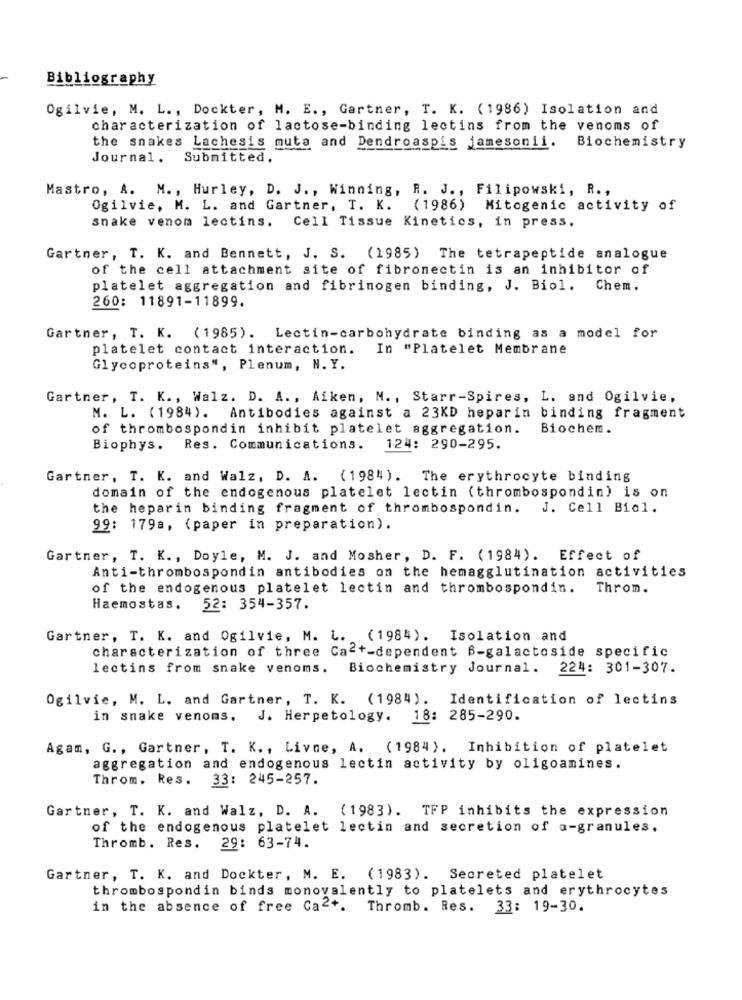
Bibliography
Ogilvie, M. L ., Dockter, M. E ., Gartner, T. K. (1986) Isolation and
characterization of lactose-binding lectins from the venoms of
the snakes Lachesis muta and Dendroaspis jamesonii.
Biochemistry
Journal. Submitted.
Mastro, A. M ., Hurley, D. J ., Winning, R. J ., Filipowski, R .,
Ogilvie, M. L. and Gartner, T. K. (1986)
Mitogenic activity of
snake venom lectins. Cell Tissue Kinetics, in press.
Gartner, T. K. and Bennett, J. S. (1985) The tetrapeptide analogue
of the cell attachment site of fibronectin is an inhibitor of
platelet aggregation and fibrinogen binding, J. Biol. Chem.
260: 11891-11899.
Gartner, T. K. (1985). Lectin-carbohydrate binding as a model for
platelet contact interaction.
In "Platelet Membrane
Glycoproteins", Plenum, N. Y.
Gartner, T. K ., Walz. D. A ., Aiken, M ., Starr-Spires, L. and Ogilvie,
M. L. (1984).
Antibodies against a 23KD heparin binding fragment
of thrombospondin inhibit platelet aggregation.
Biochem.
Biophys. Res. Communications.
124: 290-295.
Gartner, T. K. and Walz, D. A. (1984). The erythrocyte binding
domain of the endogenous platelet lectin (thrombospondin) is on
the heparin binding fragment of thrombospondin.
J. Cell Biol.
99: 179a, (paper in preparation).
Gartner, T. K ., Doyle, M. J. and Mosher, D. F. (1984). Effect of
Anti-thrombospondin antibodies on the hemagglutination activities
of the endogenous platelet lectin and thrombospondin.
Throm.
Haemostas. 52: 354-357.
Gartner, T. K. and Ogilvie, M. L. (1984). Isolation and
characterization of three Cac+-dependent B-galactoside specific
lectins from snake venoms. Biochemistry Journal. 224: 301-307.
Ogilvie, M. L. and Gartner, T. K. (1984). Identification of lectins
in snake venoms. J. Herpetology. 18: 285-290.
Agam, G ., Gartner, T. K ., Livne, A. (1984). Inhibition of platelet
aggregation and endogenous lectin activity by oligoamines.
Throm. Res. 33: 245-257.
Gartner, T. K. and Walz, D. A. (1983). TFP inhibits the expression
of the endogenous platelet lectin and secretion of a-granules.
Thromb. Res. 29: 63-74.
Gartner, T. K. and Dockter, M. E. (1983). Secreted platelet
thrombospondin binds monovalently to platelets and erythrocytes
in the absence of free Ca2+. Thromb. Res. 33: 19-30.